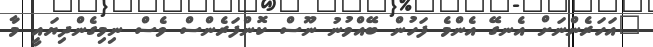
"އަހަރެންނަށް އެނގޭ އެންމެ ފަހުން ބޭއްވުނު ނޫސް ކޮންފަރެންސް ވެސް ނިމިގެންދިޔައީ މާ